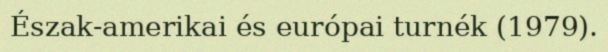
Észak-amerikai és európai turnék (1979).